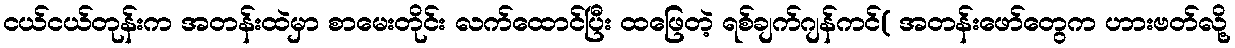
ငယ်ငယ်တုန်းက အတန်းထဲမှာ စာမေးတိုင်း လက်ထောင်ပြီး ထဖြေတဲ့ ရစ်ချက်ဂျန်ကင်( အတန်းဖော်တွေက ဟားဗတ်လို့